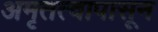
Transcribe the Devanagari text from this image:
अमृतत्वापासून